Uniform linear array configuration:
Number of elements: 24
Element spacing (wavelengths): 0.75
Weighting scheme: hamming
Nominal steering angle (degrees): -60
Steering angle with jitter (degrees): -61.471
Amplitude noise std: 0.05
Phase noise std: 0.05

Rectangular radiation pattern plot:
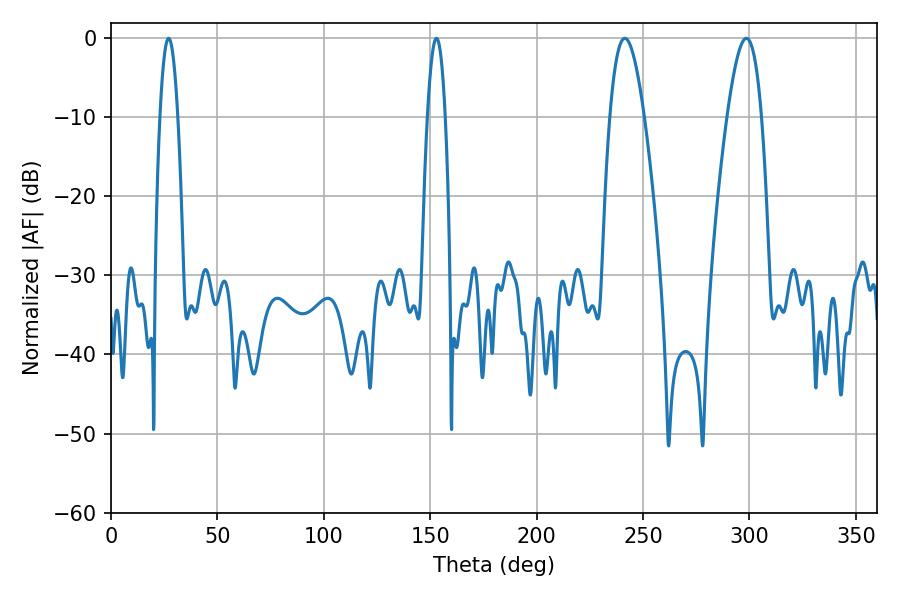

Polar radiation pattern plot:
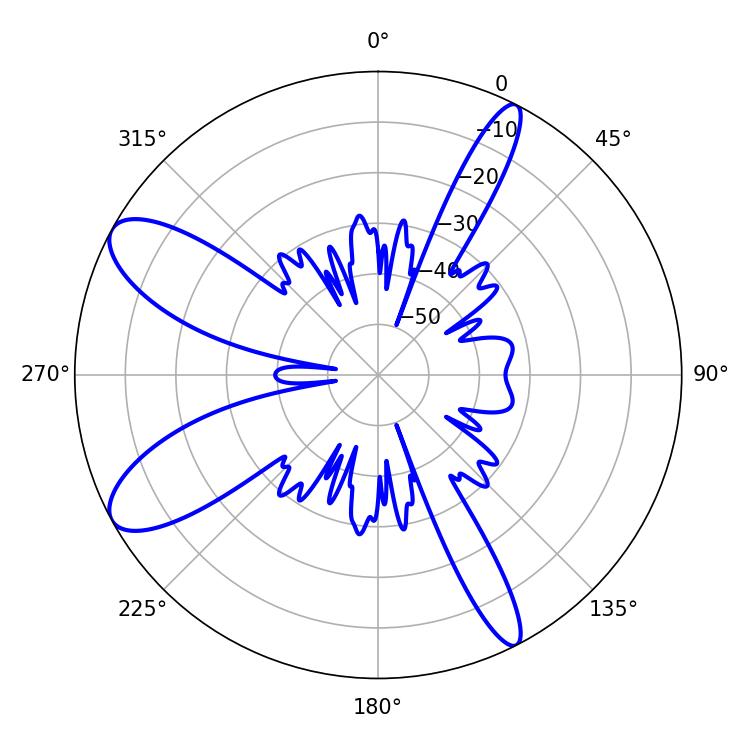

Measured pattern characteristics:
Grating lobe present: TRUE
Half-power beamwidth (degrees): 8.82
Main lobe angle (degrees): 298.62